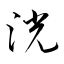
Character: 洸